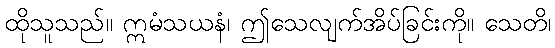
ထိုသူသည်။ ဣမံသယနံ၊ ဤသေလျက်အိပ်ခြင်းကို။ သေတိ၊